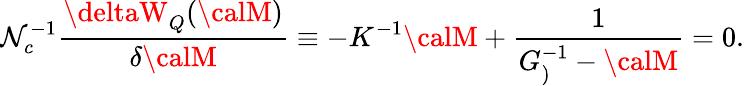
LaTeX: \mathcal{N}_{c}^{-1}{\frac{{\deltaW_{Q}({\calM})}}{{\delta{\calM}}}}\equiv-K^{-1}{\calM}+{\frac{{1}}{{G_{)}^{-1}-{\calM}}}}=0.